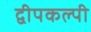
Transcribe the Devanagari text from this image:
द्वीपकल्पी